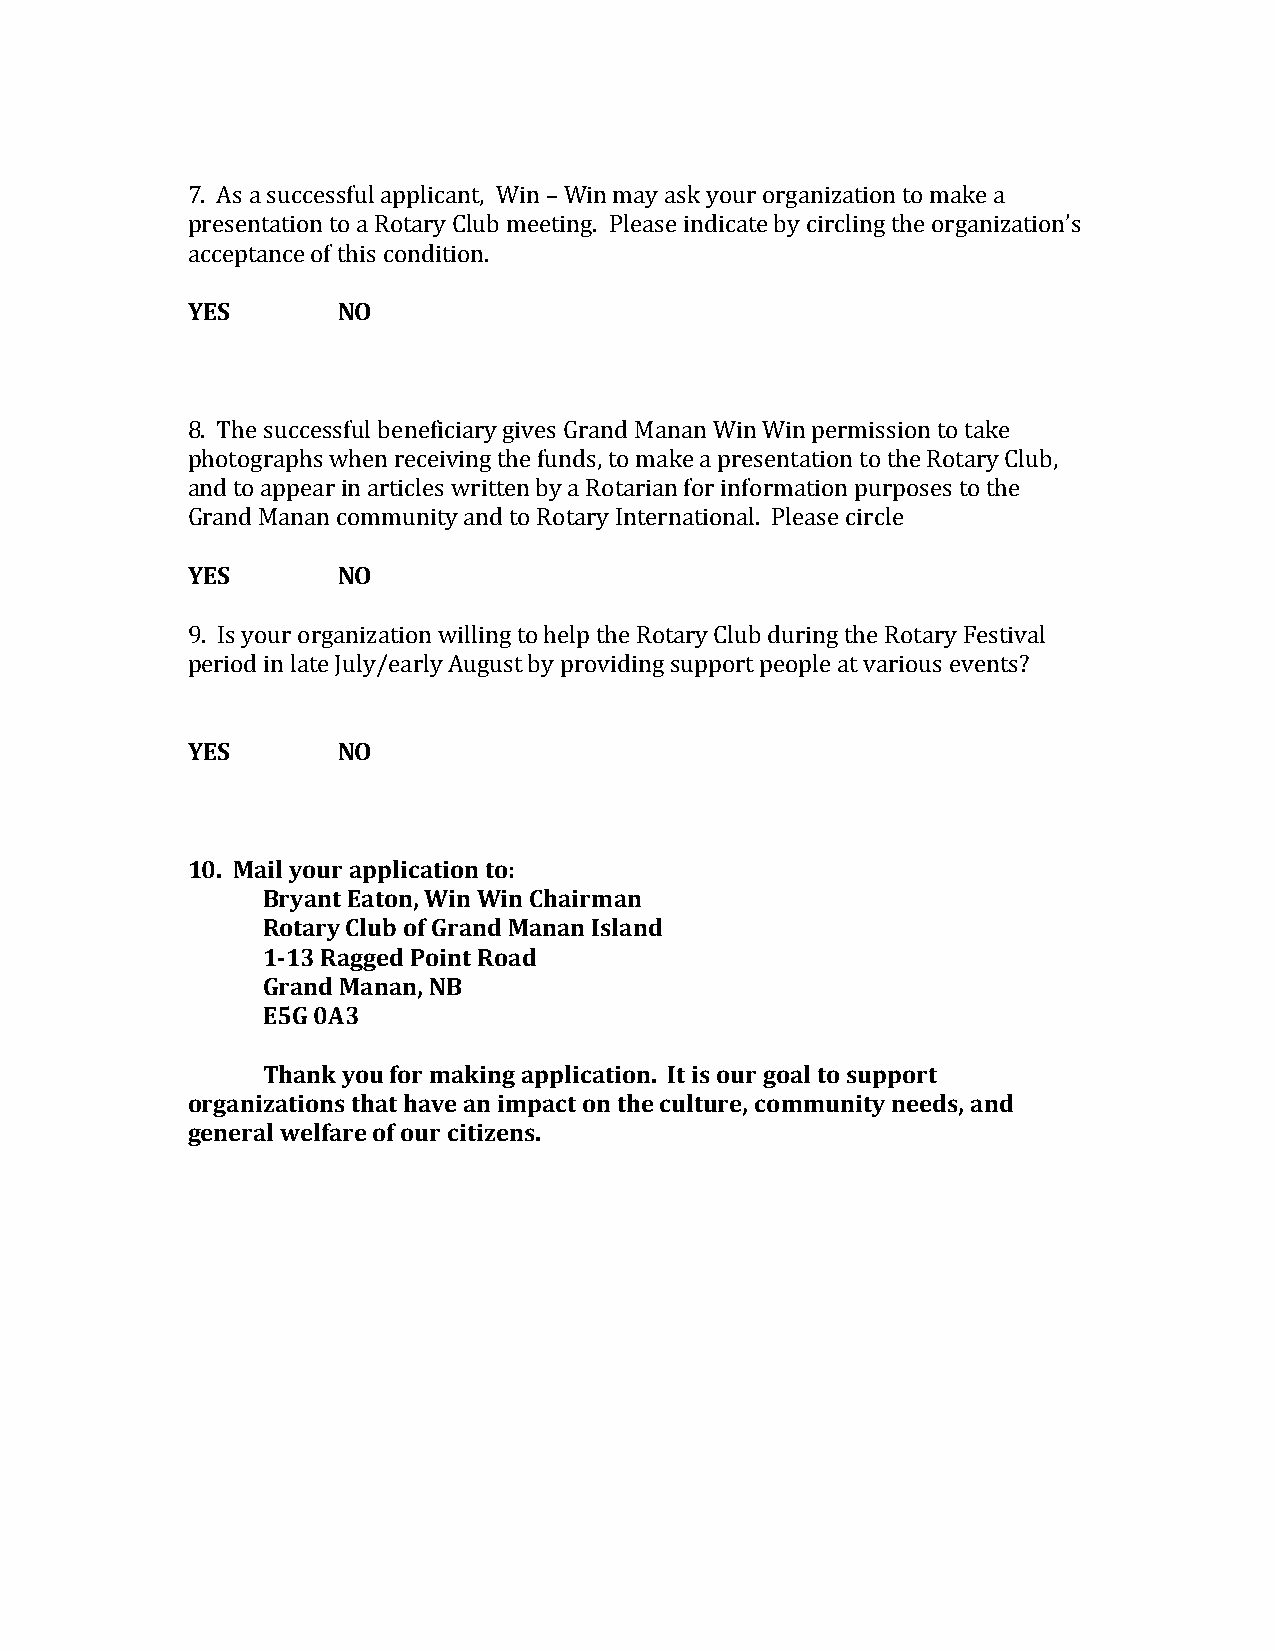
7. As a successful applicant, Win – Win may ask your organization to make a
 presentation to a Rotary Club meeting. Please indicate by circling the organization’s
 acceptance of this condition.
 YES       NO
 8. The successful beneficiary gives Grand Manan Win Win permission to take
 photographs when receiving the funds, to make a presentation to the Rotary Club,
 and to appear in articles written by a Rotarian for information purposes to the
 Grand Manan community and to Rotary International. Please circle
 YES       NO
 9. Is your organization willing to help the Rotary Club during the Rotary Festival
 period in late July/early August by providing support people at various events?
 YES       NO
 10. Mail your application to:
 Bryant Eaton, Win Win Chairman
 Rotary Club of Grand Manan Island
 1-13 Ragged Point Road
 Grand Manan, NB
 E5G 0A3
 Thank you for making application. It is our goal to support
 organizations that have an impact on the culture, community needs, and
 general welfare of our citizens.